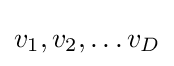
v_{1},v_{2},\ldots v_{D}